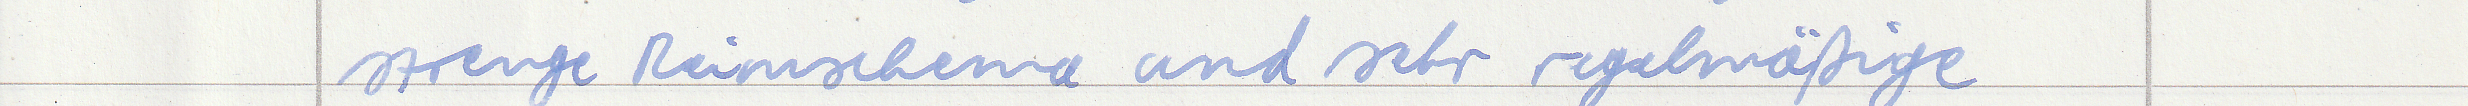
strenge Reimschema und sehr regelmäßige